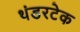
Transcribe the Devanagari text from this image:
थंडरटेक